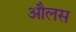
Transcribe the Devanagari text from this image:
औलस